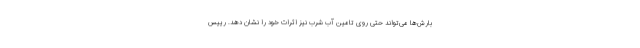
بارش‌ها می‌تواند حتی روی تامین آب شرب نیز اثرات خود را نشان دهد. رییس